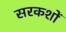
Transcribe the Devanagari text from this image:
सरकशों